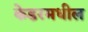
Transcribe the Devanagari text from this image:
केडरमधील